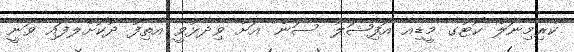
ކްރިމިނަލް ކޯޓުގެ މީޑިއާ އޮފިޝަލު 'ސަން' އަށް ވިދާޅުވީ އާތިފު ދޫކޮށްލާފައި ވަނީ